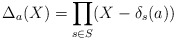
\begin{align*}\Delta_a(X) = \prod_{s\in S} (X - \delta_s(a))\end{align*}